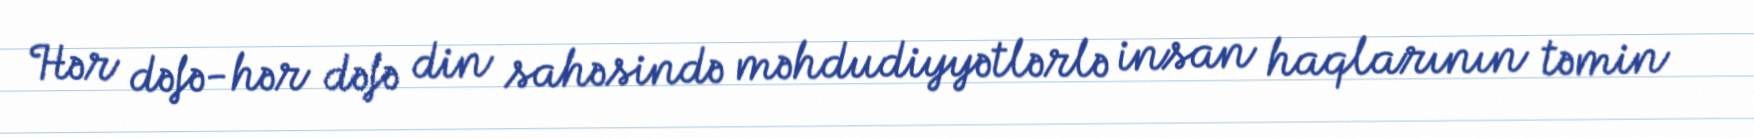
Hər dəfə-hər dəfə din sahəsində məhdudiyyətlərlə insan haqlarının təmin